画像に写った文字を読んでください
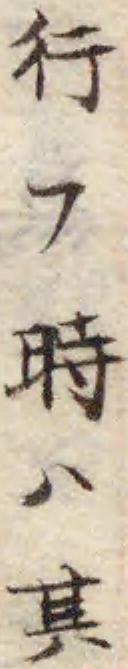
「行フ時ハ其」と書いてあります